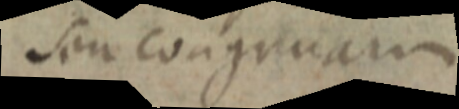
seu congruam